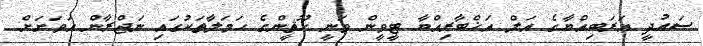
ސައުދީ އަރަބިއްޔާގެ އަލް އަޚްބާރިއްޔާ ޓީވީން ވަނީ ހޫޘީންގެ ހަމަލާތަކުގައި ނަޖްރާން އަވަށަށް